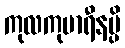
ကုလကုမာရီနမ္ပိ